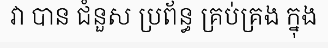
វា បាន ជំនួស ប្រព័ន្ធ គ្រប់គ្រង ក្នុង